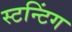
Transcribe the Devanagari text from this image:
स्टन्टिंग